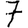
Digit: 7